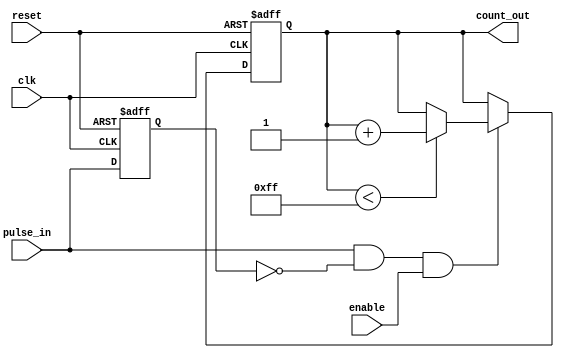
module PulseCounter #(
    parameter COUNT_WIDTH = 8 // Adjust width for maximum expected count
) (
    input wire clk,            // Clock input
    input wire reset,          // Asynchronous reset input
    input wire pulse_in,       // Input pulse signal
    input wire enable,         // Optional enable input
    output reg [COUNT_WIDTH-1:0] count_out // Output count value
);

    // Internal register to hold the count
    reg pulse_last; // To track the previous state of pulse_in

    // Synchronous process for counting and reset
    always @(posedge clk or posedge reset) begin
        if (reset) begin
            count_out <= 0; // Reset count to zero
            pulse_last <= 0; // Reset last pulse state
        end else begin
            // Detect rising edge of pulse_in
            if (pulse_in && !pulse_last && enable) begin
                // Increment the count if pulse_in goes high
                if (count_out < (1 << COUNT_WIDTH) - 1) begin
                    count_out <= count_out + 1; // Increment count
                end else begin
                    count_out <= count_out; // Maintain max count (no overflow)
                end
            end
            pulse_last <= pulse_in; // Update last pulse state
        end
    end

endmodule